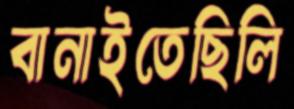
বানাইতেছিলি